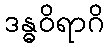
ဒန္ဓဝိရာဂိ